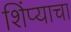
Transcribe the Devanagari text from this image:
शिंप्याचा